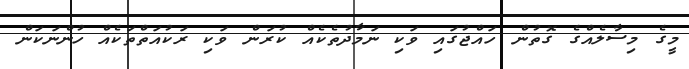
މީގެ މިސާލެއްގެ ގޮތުން ހައްޖުގައި ވަކި ނަމާދުތެކެއް ކުރަން ވަކި ރަކުއަތްތަކެއް ހުންނަކަން